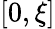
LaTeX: [0,\xi]